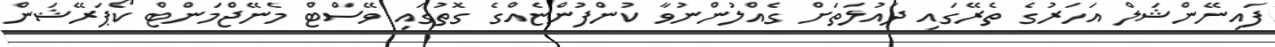
ފައިނޭންޝަލް އަހަރުގެ ތެރޭގައި ދައުލަތަށް ގެއްލުންނުވާ ކުންފުންޏެއްގެ ގޮތުގައި ވޭސްޓް މެނޭޖްމަންޓް ކޯޕަރޭޝަން